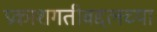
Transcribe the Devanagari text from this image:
प्रकाशगतीबद्दलच्या